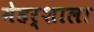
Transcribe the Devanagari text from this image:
मेहर्शाला